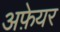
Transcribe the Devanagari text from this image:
अफ़ेयर